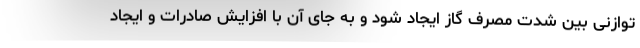
توازنی بین شدت مصرف گاز ایجاد شود و به جای آن با افزایش صادرات و ایجاد